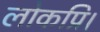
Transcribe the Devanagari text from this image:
लोकप्रि।